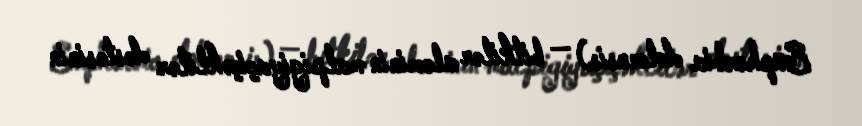
Euphorbia doloensis) — bitkilər aləminin malpigiyaçiçəklilər dəstəsinin